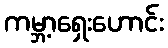
ကမ္ဘာ့ရှေးဟောင်း